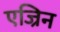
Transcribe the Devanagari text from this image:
एज्रिन